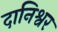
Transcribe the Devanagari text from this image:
दानिश्वर